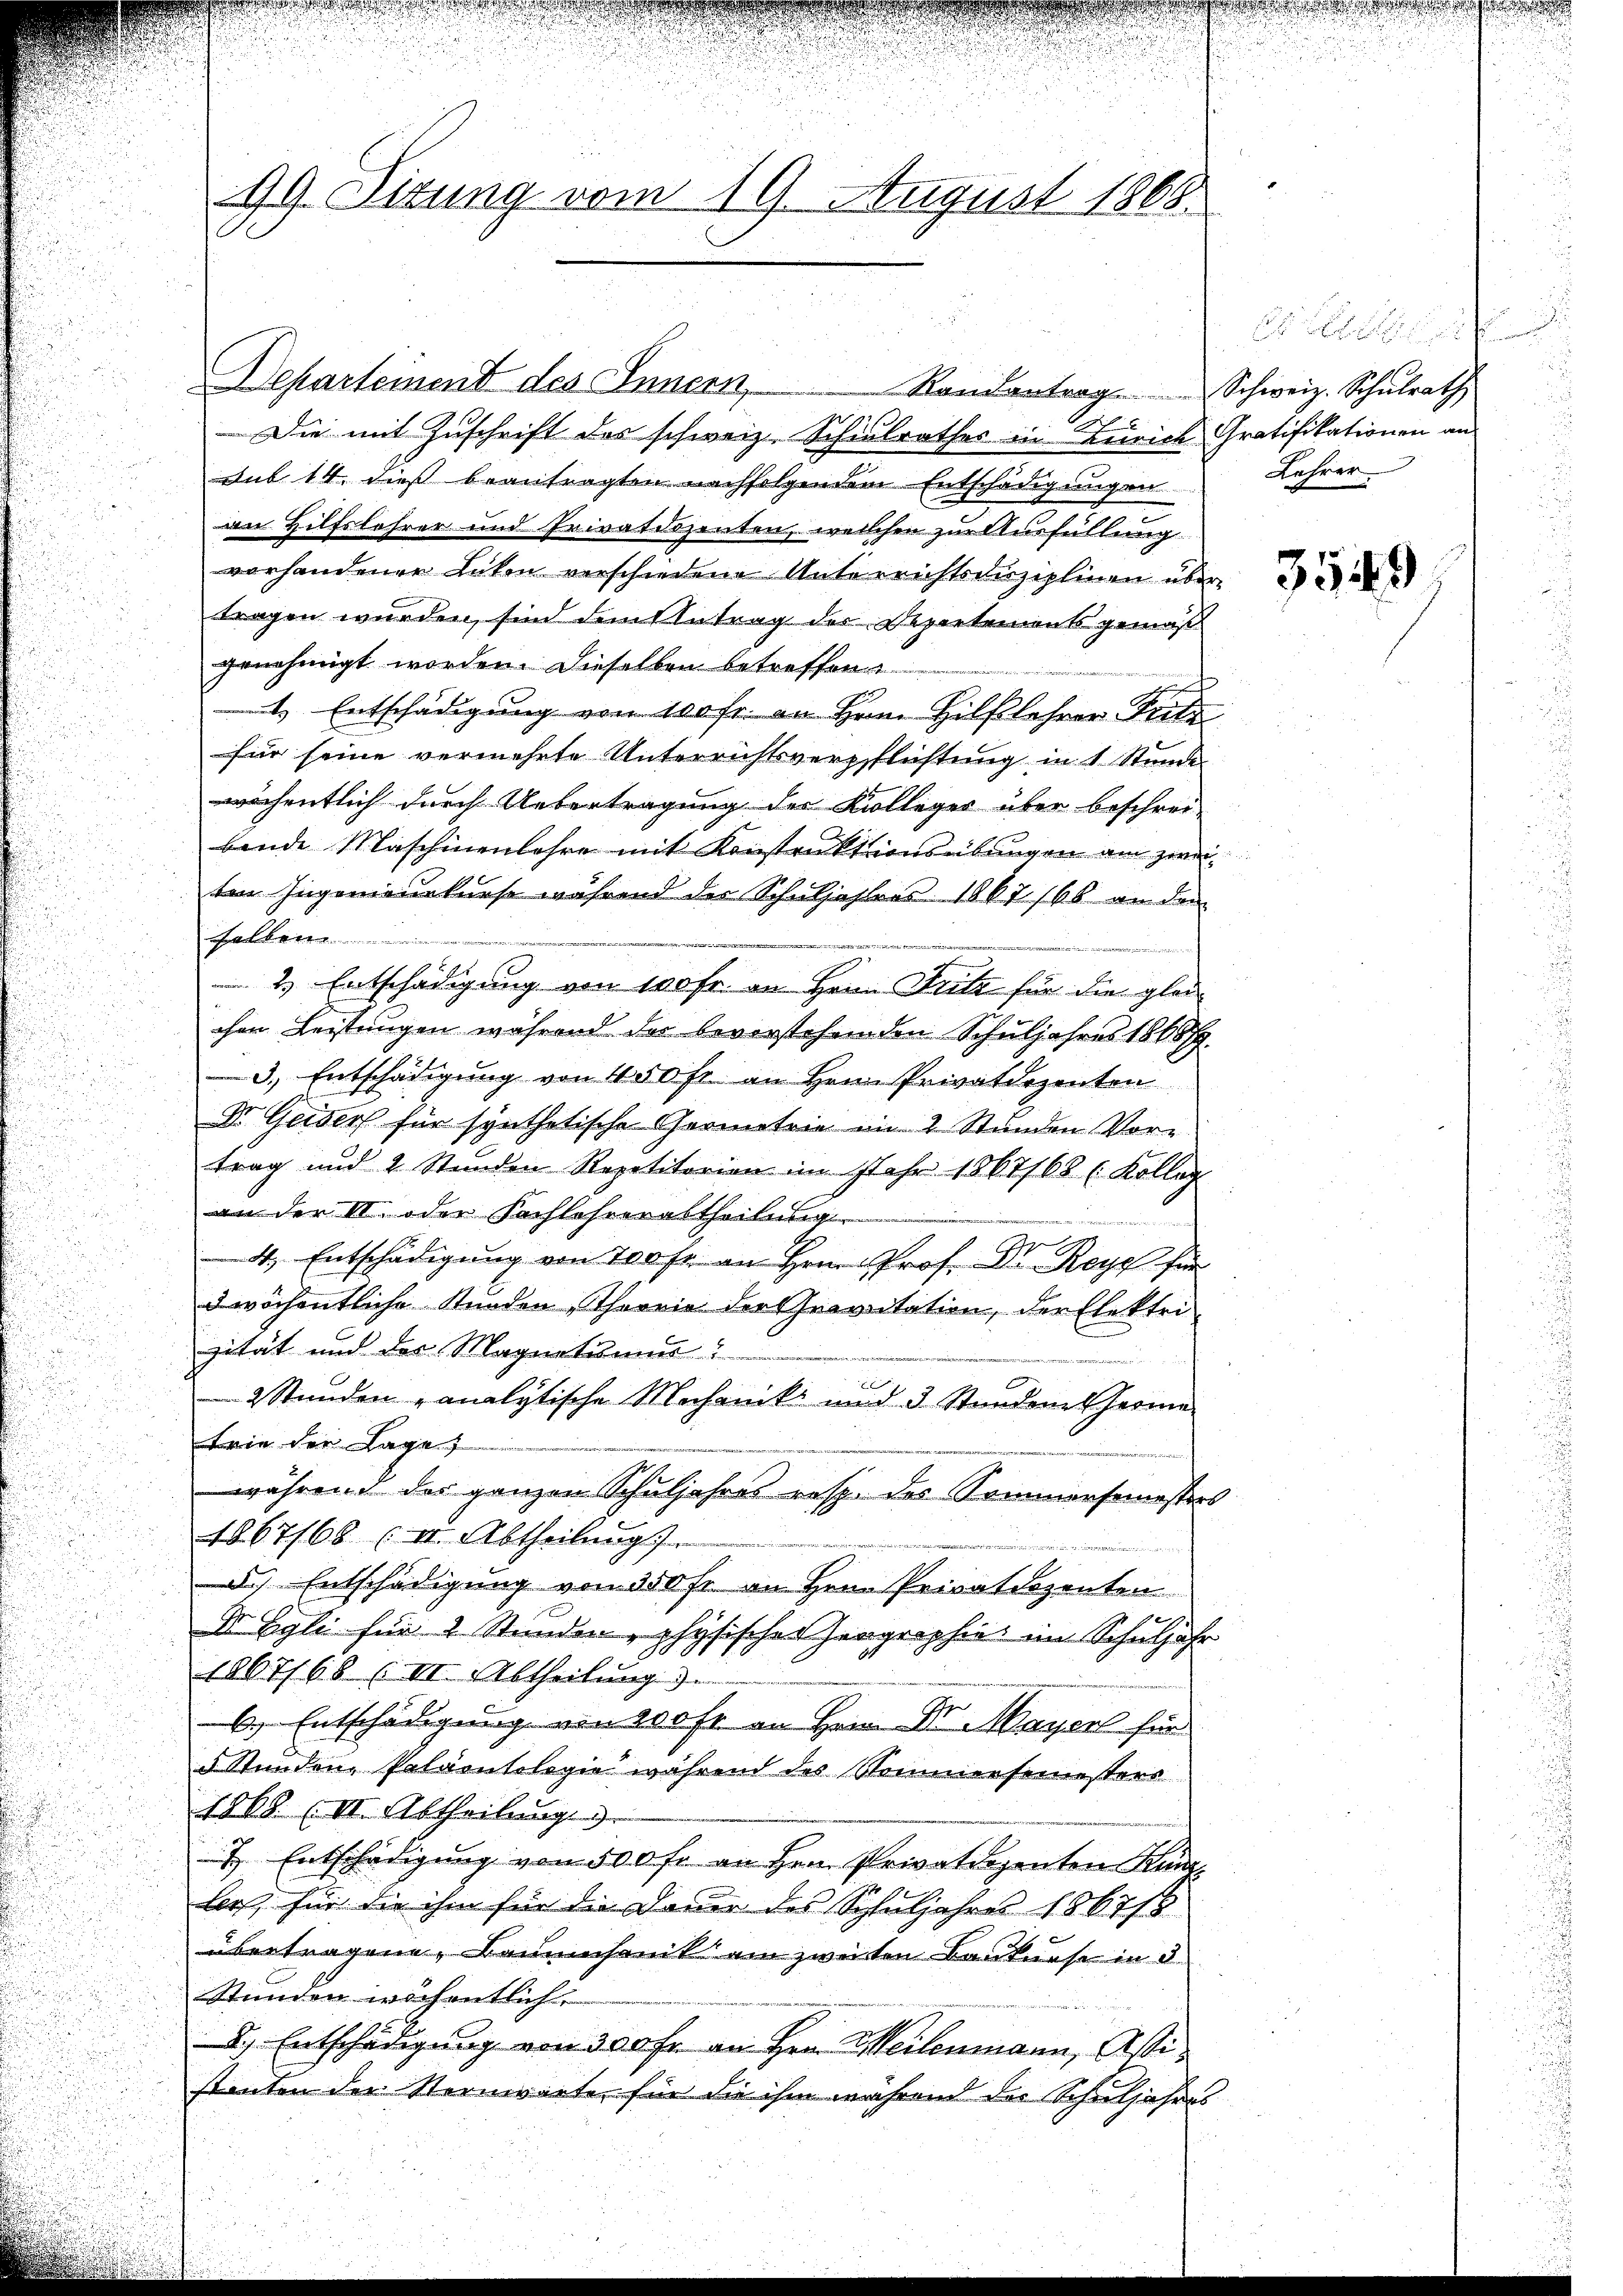
90. Situng vom 19. August 1868.

Departeinend des Innern,
Die mit Zuschrift des schweiz. Schulrathes in Zürich
Aub 14. dieß beantragten nachfolgendem Entschädigungen
an Hilfslehrer und Privatdozenten, welchen zur Ausfüllung
vorhandener Lücken verschiedene Unterrichtsduziplinen über
tragen wurden, sind dem Antrag der Departements gemäß
genehmigt worden. Dieselben betreffene
4. Entschädigung von 10fr. an Hrn. Hilflehrer Seite
für seine vermehrte Unterrichtsverpflichtung in 1 Stunde
wöchentlich durch Uebertragung der Kolleger über beschrei-
bende Maschinenlohre mit Konstruktionsebungen am zweiten Ingenieurkurse während der Schuljahlers 1867 168 an dem
.
x
 2) Entschädigung von wahr in Herrn Fritz für die gleichen Leistungen während der bevorstehenden Schuljahres 18687.
3.) Entschädigung von 450 fr. an Hrn. Privatdozenten
Dr. Gerdorf für synthetische Geometrie in 2 Stunden Vore
trag und 2 Stunden Repetitorien im Jahr 1867/68 ( Kolleg
an der II. oder Sachlehrer altheilung
4. Entschädigung von 700 fr an Hrn. Prof. Dr. Rey für
3 wöchentliche Stunden Theorie der Gravitation, der Elektrisität und der Magnatimmer!
2 Stunden analytische Mechanik und 3 Stundene Geome
Frie der Lage
während der ganzen Schuljahres resp. der Sommersemesser
1867/68 (III. Abtheilung).
3) Entschädigung von 350 Fr. an Hrn. Privatdozenten
I Egli für 2 Stunden physischer Haagraphie im Schuljahr
1067/68 (III. Abtheilung).
6.) Entschädigung von 200 fr an Hein Dr. Mayer für
5 Stunden, Paläontologie während des Sommersemesters
1868 (II. Abtheilung
7. Entschädigung von 500 fr an Hrn. Privatdozenten Kunz
les für die ihm für die Dauer des Schuljahres 1867/8
übertragene, Baumhanik am zweiten Baukurse in d
Stunden wichentlich
8) Entschädigung von 300 fr. an Hrn. Meilenmann, Astistanten der Sternwarte für die ihm während der Schuljahres

Randentrag Schweiz. Schulrath

Gratifikationen an
Lehrer

3549